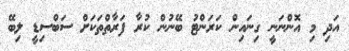
އަދި މި އޮންނަނީ ގިނައިން ކަރަންޓު ބޭނުން ކުރާ ފަރާތްތަކަށް ސަބްސިޑީ ލިބޭ